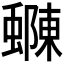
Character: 𮔽